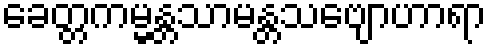
ခေတ္တကမ္မန္တသာမန္တသဗျောဟာရာ